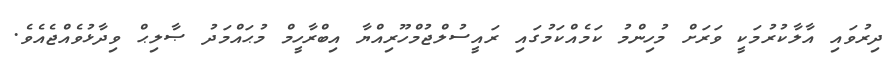
ދިރުވައި އާލާކުރުމަކީ ވަރަށް މުހިންމު ކަމެއްކަމުގައި ރައީސުލްޖުމްހޫރިއްޔާ އިބްރާހީމް މުޙައްމަދު ޞާލިޙް ވިދާޅުވެއްޖެއެވެ.